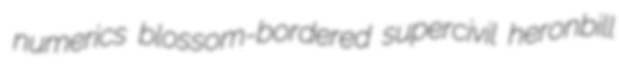
numerics blossom-bordered supercivil heronbill